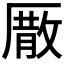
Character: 𠪣